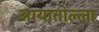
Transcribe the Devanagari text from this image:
आयातोल्ला